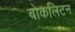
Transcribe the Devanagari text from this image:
बोकलिटन